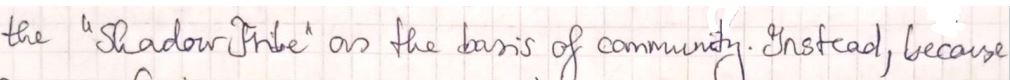
the " Shadow Tribe " as the basis of community. Instead, because